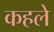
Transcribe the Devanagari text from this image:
कहले